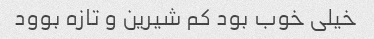
خیلی خوب بود کم شیرین و تازه بوود